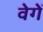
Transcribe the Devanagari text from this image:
वेगें